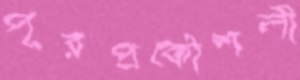
পূরপ্রকৌশলী